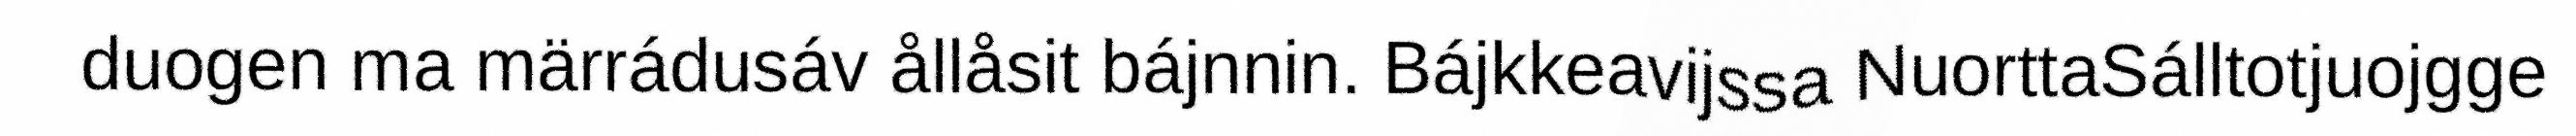
duogen ma märrádusáv ållåsit bájnnin. Bájkkeavijssa NuorttaSálltotjuojgge